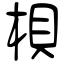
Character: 梖